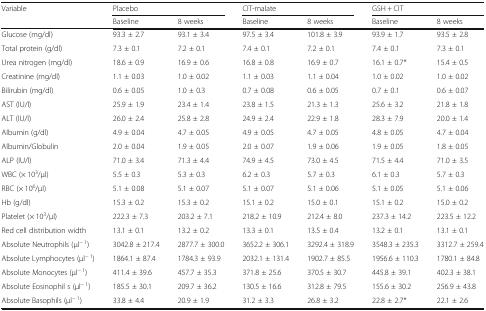
<table><thead><tr><td rowspan="2"><b>Variable</b></td><td colspan="2"><b>Placebo</b></td><td colspan="2"><b>CIT-malate</b></td><td colspan="2"><b>GSH + CIT</b></td></tr><tr><td><b>Baseline</b></td><td><b>8 weeks</b></td><td><b>Baseline</b></td><td><b>8 weeks</b></td><td><b>Baseline</b></td><td><b>8 weeks</b></td></tr></thead><tbody><tr><td>Glucose (mg/dl)</td><td>93.3 ± 2.7</td><td>93.1 ± 3.4</td><td>97.5 ± 3.4</td><td>101.8 ± 3.9</td><td>93.9 ± 1.7</td><td>93.5 ± 2.8</td></tr><tr><td>Total protein (g/dl)</td><td>7.3 ± 0.1</td><td>7.2 ± 0.1</td><td>7.4 ± 0.1</td><td>7.2 ± 0.1</td><td>7.4 ± 0.1</td><td>7.3 ± 0.1</td></tr><tr><td>Urea nitrogen (mg/dl)</td><td>18.6 ± 0.9</td><td>16.9 ± 0.6</td><td>16.8 ± 0.8</td><td>16.9 ± 0.7</td><td>16.1 ± 0.7*</td><td>15.4 ± 0.5</td></tr><tr><td>Creatinine (mg/dl)</td><td>1.1 ± 0.03</td><td>1.0 ± 0.02</td><td>1.1 ± 0.03</td><td>1.1 ± 0.04</td><td>1.0 ± 0.02</td><td>1.0 ± 0.02</td></tr><tr><td>Bilirubin (mg/dl)</td><td>0.6 ± 0.05</td><td>1.0 ± 0.3</td><td>0.7 ± 0.08</td><td>0.6 ± 0.05</td><td>0.7 ± 0.1</td><td>0.6 ± 0.07</td></tr><tr><td>AST (IU/l)</td><td>25.9 ± 1.9</td><td>23.4 ± 1.4</td><td>23.8 ± 1.5</td><td>21.3 ± 1.3</td><td>25.6 ± 3.2</td><td>21.8 ± 1.8</td></tr><tr><td>ALT (IU/l)</td><td>26.0 ± 2.4</td><td>25.8 ± 2.8</td><td>24.9 ± 2.4</td><td>22.9 ± 1.8</td><td>28.3 ± 7.9</td><td>20.0 ± 1.4</td></tr><tr><td>Albumin (g/dl)</td><td>4.9 ± 0.04</td><td>4.7 ± 0.05</td><td>4.9 ± 0.05</td><td>4.7 ± 0.05</td><td>4.8 ± 0.05</td><td>4.7 ± 0.04</td></tr><tr><td>Albumin/Globulin</td><td>2.0 ± 0.04</td><td>1.9 ± 0.05</td><td>2.0 ± 0.07</td><td>1.9 ± 0.06</td><td>1.9 ± 0.05</td><td>1.8 ± 0.05</td></tr><tr><td>ALP (IU/l)</td><td>71.0 ± 3.4</td><td>71.3 ± 4.4</td><td>74.9 ± 4.5</td><td>73.0 ± 4.5</td><td>71.5 ± 4.4</td><td>71.0 ± 3.5</td></tr><tr><td>WBC (× 10<sup>3</sup>/μl)</td><td>5.5 ± 0.3</td><td>5.3 ± 0.3</td><td>6.2 ± 0.3</td><td>5.7 ± 0.3</td><td>6.1 ± 0.3</td><td>5.7 ± 0.3</td></tr><tr><td>RBC (× 10<sup>6</sup>/μl)</td><td>5.1 ± 0.08</td><td>5.1 ± 0.07</td><td>5.1 ± 0.07</td><td>5.1 ± 0.06</td><td>5.1 ± 0.05</td><td>5.1 ± 0.06</td></tr><tr><td>Hb (g/dl)</td><td>15.3 ± 0.2</td><td>15.3 ± 0.2</td><td>15.1 ± 0.2</td><td>15.0 ± 0.1</td><td>15.1 ± 0.2</td><td>15.0 ± 0.2</td></tr><tr><td>Platelet (× 10<sup>3</sup>/μl)</td><td>222.3 ± 7.3</td><td>203.2 ± 7.1</td><td>218.2 ± 10.9</td><td>212.4 ± 8.0</td><td>237.3 ± 14.2</td><td>223.5 ± 12.2</td></tr><tr><td>Red cell distribution width</td><td>13.1 ± 0.1</td><td>13.2 ± 0.2</td><td>13.3 ± 0.1</td><td>13.5 ± 0.4</td><td>13.2 ± 0.1</td><td>13.1 ± 0.1</td></tr><tr><td>Absolute Neutrophils (μl<sup>− 1</sup>)</td><td>3042.8 ± 217.4</td><td>2877.7 ± 300.0</td><td>3652.2 ± 306.1</td><td>3292.4 ± 318.9</td><td>3548.3 ± 235.3</td><td>3312.7 ± 259.4</td></tr><tr><td>Absolute Lymphocytes (μl<sup>− 1</sup>)</td><td>1864.1 ± 87.4</td><td>1784.3 ± 93.9</td><td>2032.1 ± 131.4</td><td>1902.7 ± 85.5</td><td>1956.6 ± 110.3</td><td>1780.1 ± 84.8</td></tr><tr><td>Absolute Monocytes (μl<sup>− 1</sup>)</td><td>411.4 ± 39.6</td><td>457.7 ± 35.3</td><td>371.8 ± 25.6</td><td>370.5 ± 30.7</td><td>445.8 ± 39.1</td><td>402.3 ± 38.1</td></tr><tr><td>Absolute Eosinophil s (μl<sup>− 1</sup>)</td><td>185.5 ± 30.1</td><td>209.7 ± 36.2</td><td>130.5 ± 16.6</td><td>312.8 ± 79.5</td><td>155.6 ± 30.2</td><td>256.9 ± 43.8</td></tr><tr><td>Absolute Basophils (μl<sup>− 1</sup>)</td><td>33.8 ± 4.4</td><td>20.9 ± 1.9</td><td>31.2 ± 3.3</td><td>26.8 ± 3.2</td><td>22.8 ± 2.7*</td><td>22.1 ± 2.6</td></tr></tbody></table>